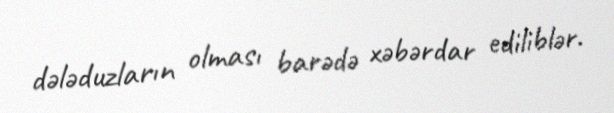
dələduzların olması barədə xəbərdar ediliblər.